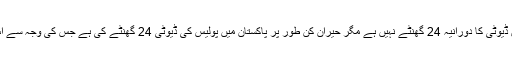
دنیا کے کسی ملک میں کسی شعبہ میں ڈیوٹی کا دورانیہ 24 گھنٹے نہیں ہے مگر حیران کن طور پر پاکستان میں پولیس کی ڈیوٹی 24 گھنٹے کی ہے جس کی وجہ سے اس کی کارکردگی شدید متاثر ہوئی ہے۔